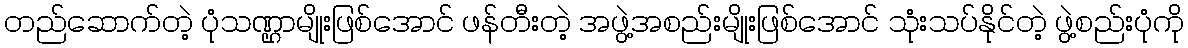
တည်ဆောက်တဲ့ ပုံသဏ္ဌာမျိုးဖြစ်အောင် ဖန်တီးတဲ့ အဖွဲ့အစည်းမျိုးဖြစ်အောင် သုံးသပ်နိုင်တဲ့ ဖွဲ့စည်းပုံကို